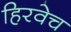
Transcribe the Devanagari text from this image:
हिरवेच